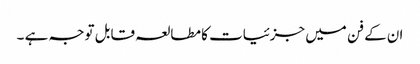
ان کے فن میں جزئیات کا مطالعہ قابل توجہ ہے ۔